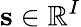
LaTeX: \mathbf{s}\in\mathbb{R}^{I}